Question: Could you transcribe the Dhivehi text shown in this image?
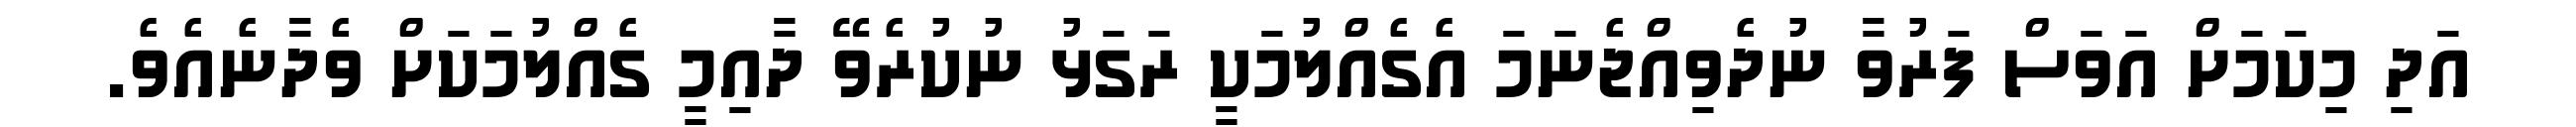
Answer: އަދި މިކަމަށް އަވަސް ފަރުވާ ނުދެވިއްޖެނަމަ އެގެއްލުމަކީ ރަގަޅު ނުކުރެވޭ ދާއިމީ ގެއްލުމަކަށް ވެދާނެއެވެ.